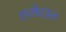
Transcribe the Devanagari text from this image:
एसेटाल